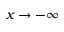
x \to - \infty